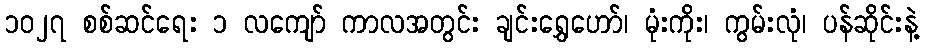
၁၀၂၇ စစ်ဆင်ရေး ၁ လကျော် ကာလအတွင်း ချင်းရွှေဟော်၊ မုံးကိုး၊ ကွမ်းလုံ၊ ပန်ဆိုင်းနဲ့